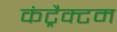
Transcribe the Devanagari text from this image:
कंट्रैक्टम